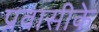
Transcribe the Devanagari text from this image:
प्रवासीके